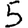
Digit: 5